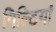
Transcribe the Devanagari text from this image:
गिल्टियां